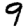
Digit: 9